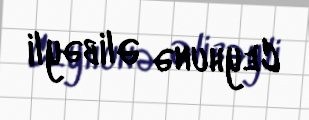
Ceyhunə Əlibəyli